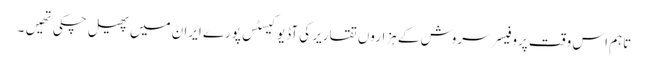
تاہم اس وقت پروفیسر سروش کے ہزاروں تقاریر کی آڈیو کیسٹس پورے ایران میں پھیل چکی تھیَں۔